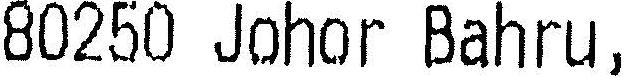
80250 JOHOR BAHRU,